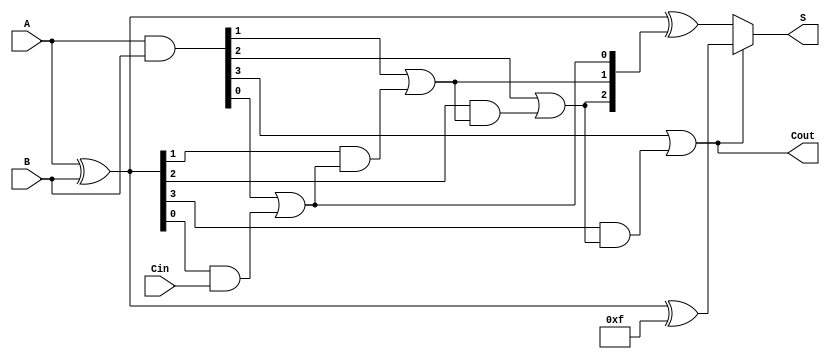
module ConditionalSumAdder #(parameter N = 4) (
    input  wire [N-1:0] A,      // First n-bit input
    input  wire [N-1:0] B,      // Second n-bit input
    input  wire Cin,             // Carry-in
    output wire [N-1:0] S,       // n-bit Sum output
    output wire Cout             // Carry-out output
);

    wire [N-1:0] G;             // Generate signals
    wire [N-1:0] P;             // Propagate signals
    wire [N:0] C;               // Carry signals, C[0] = Cin
    wire [N-1:0] S0;            // Sum if carry is 0
    wire [N-1:0] S1;            // Sum if carry is 1
    
    // Generate and Propagate signals
    assign G = A & B;                           // G[i] = A[i] & B[i]
    assign P = A ^ B;                           // P[i] = A[i] ^ B[i]
    
    // Carry generation
    assign C[0] = Cin;                          // Initial carry input
    genvar i;
    generate
        for (i = 0; i < N; i = i + 1) begin
            assign C[i + 1] = G[i] | (P[i] & C[i]); // C[i+1] = G[i] + (P[i] & C[i])
        end
    endgenerate
    
    // Sum calculations
    assign S0 = A ^ B ^ C[N-1:1];               // Sum if carry is 0
    assign S1 = A ^ B ^ {N{1'b1}};              // Sum if carry is 1 (1's complement)
    
    // Final Sum output based on predicted carry
    assign S = C[N] ? S1 : S0;                  // S = (C[N] ? S1 : S0)
    
    // Carry-out
    assign Cout = C[N];                         // Final carry-out

endmodule